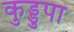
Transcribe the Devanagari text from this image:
कुड्डुपा